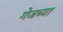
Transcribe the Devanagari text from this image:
गेजच्या